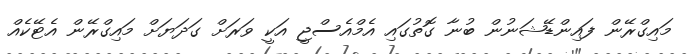
މައިގްރޭން ފައިންޑޭޝަނުން ބުނާ ގޮތުގައި އެމްއެސްޖީ އަކީ ވަރަށް ގަދަޔަށް މައިގްރޭން އެޓޭކެއް